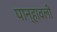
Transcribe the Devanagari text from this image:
पान्हावली